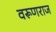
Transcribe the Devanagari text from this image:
वरूणराज